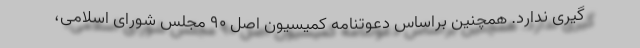
گیری ندارد. همچنین براساس دعوتنامه کمیسیون اصل ۹۰ مجلس شورای اسلامی،